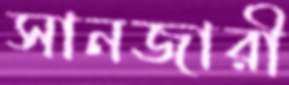
সানজারী